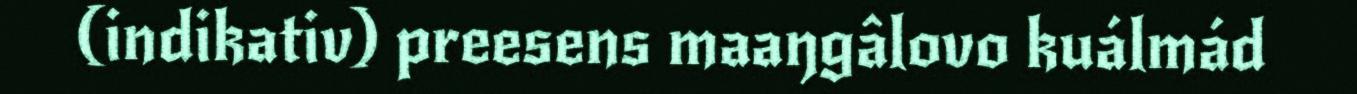
(indikativ) preesens maaŋgâlovo kuálmád